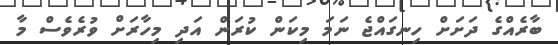
ބާރެއްގެ ދަށަށް ހިނގައްޖެ ނަމަ މިކަން ކުރަން އަދި މިހާރަށް ވުރެވެސް މާ